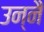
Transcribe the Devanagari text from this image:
उन्नै